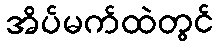
အိပ်မက်ထဲတွင်